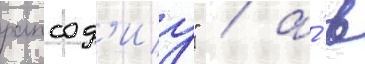
рапсод'иу" / а́ в